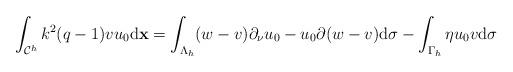
LaTeX: \begin{align*} \int_{\mathcal C^h}k^2(q-1)vu_0\mathrm d\mathbf x=\int_{\Lambda _h}(w-v)\partial_\nu u_0-u_0\partial(w-v)\mathrm d\sigma-\int_{\Gamma_h}\eta u_0v\mathrm d\sigma \end{align*}